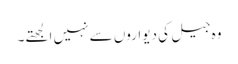
وہ جیل کی دیواروں سے نہیں الجھتے۔